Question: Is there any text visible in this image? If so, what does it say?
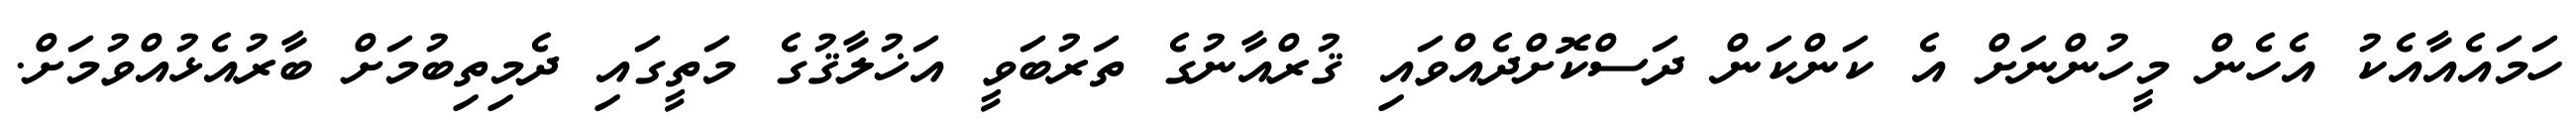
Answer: ހަމައެއާއެކު އެހެން މީހުންނަށް އެ ކަންކަން ދަސްކޮށްދެއްވައި ޤުރްއާނުގެ ތަރުބަވީ އަޚުލާޤުގެ މަތީގައި ދެމިތިބުމަށް ބާރުއެޅުއްވުމަށް.